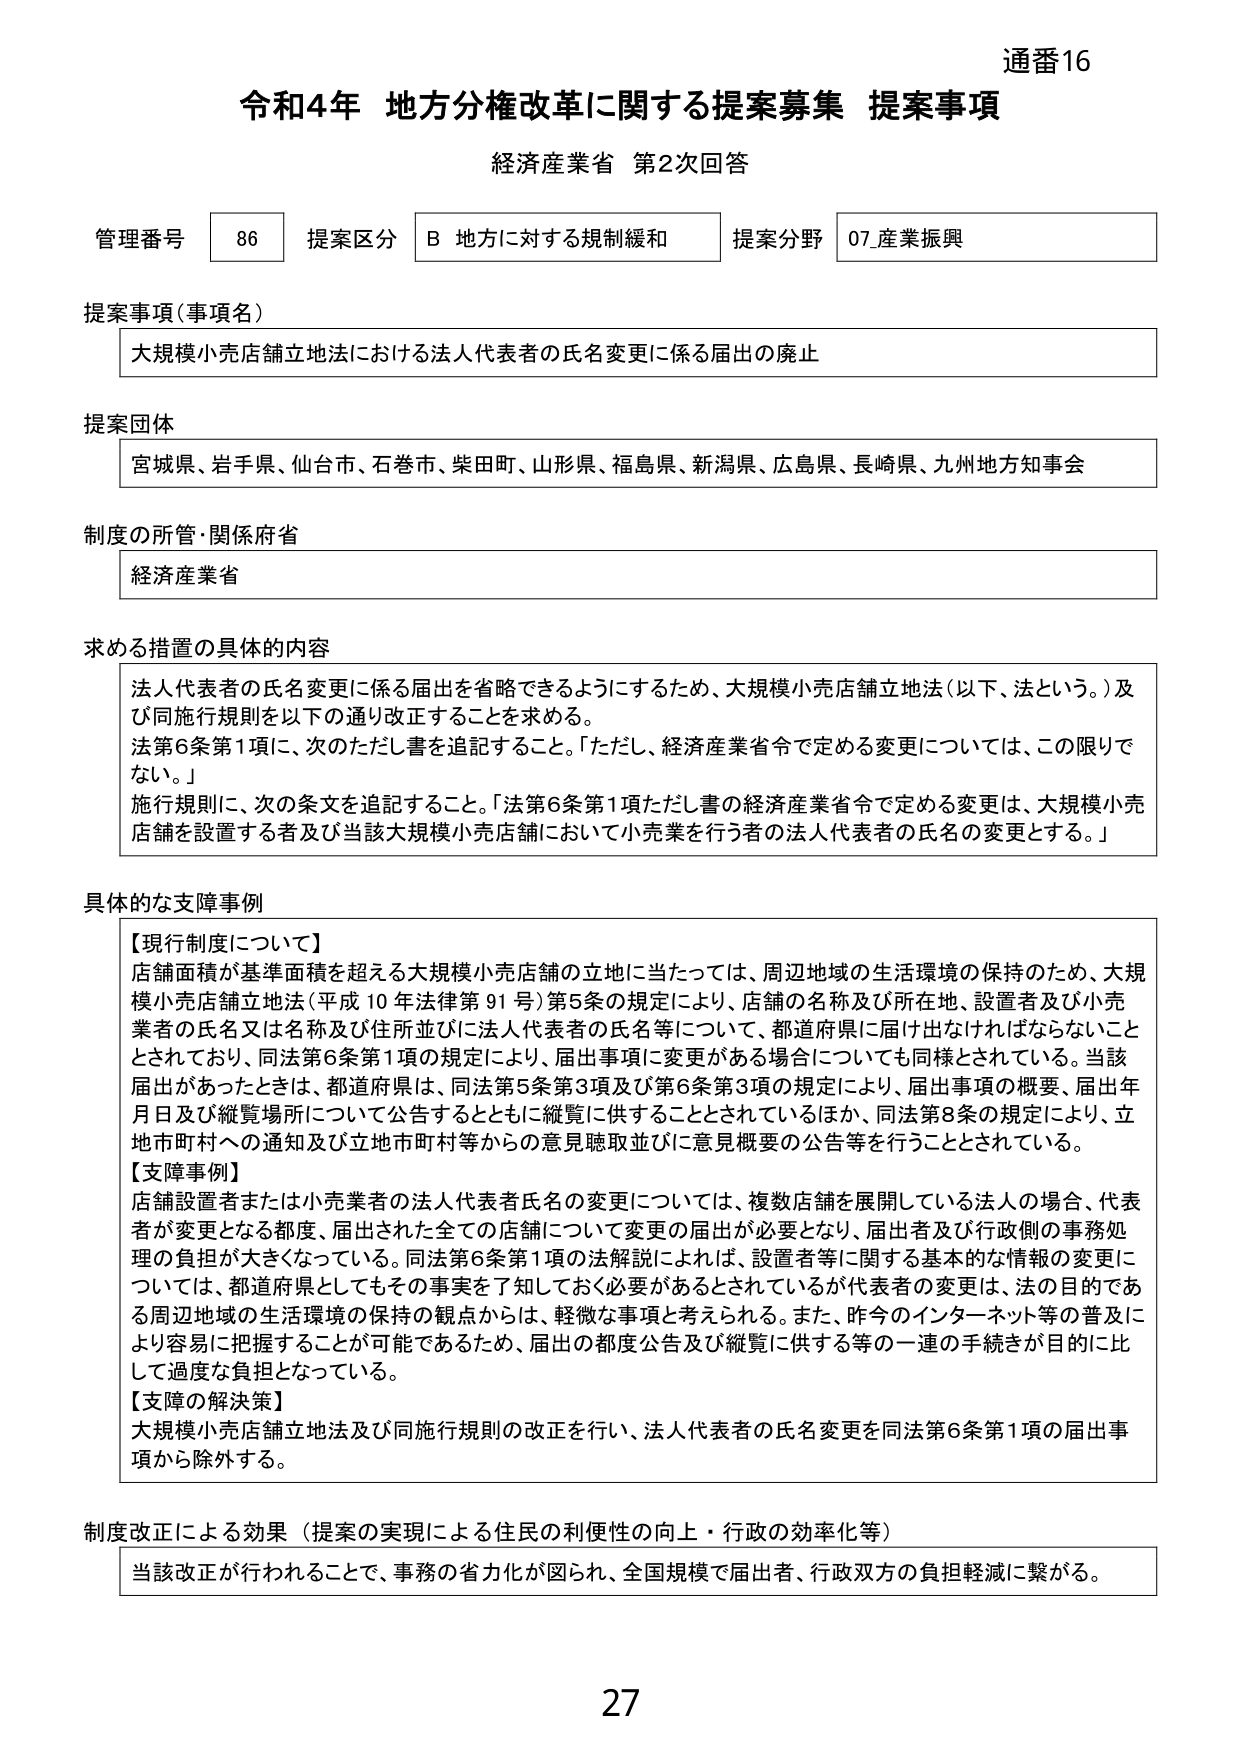
通番16
令和4年 地方分権改革に関する提案募集 提案事項
経済産業省 第2次回答

管理番号 86 提案区分 B 地方に対する規制緩和 提案分野 07_産業振興

提案事項（事項名）
大規模小売店舗立地法における法人代表者の氏名変更に係る届出の廃止

提案団体
宮城県、岩手県、仙台市、石巻市、柴田町、山形県、福島県、新潟県、広島県、長崎県、九州地方知事会

制度の所管・関係府省
経済産業省

求める措置の具体的内容
法人代表者の氏名変更に係る届出を省略できるようにするため、大規模小売店舗立地法（以下、法という。）及び同施行規則を以下の通り改正することを求める。
法第6条第1項に、次のただし書を追記すること。「ただし、経済産業省令で定める変更については、この限りでない。」
施行規則に、次の条文を追記すること。「法第6条第1項ただし書の経済産業省令で定める変更は、大規模小売店舗を設置する者及び当該大規模小売店舗において小売業を行う者の法人代表者の氏名の変更とする。」

具体的な支障事例
【現行制度について】
店舗面積が基準面積を超える大規模小売店舗の立地に当たっては、周辺地域の生活環境の保持のため、大規模小売店舗立地法（平成10年法律第91号）第5条の規定により、店舗の名称及び所在地、設置者及び小売業者の氏名又は名称及び住所並びに法人代表者の氏名等について、都道府県に届け出なければならないこととされており、同法第6条第1項の規定により、届出事項に変更がある場合についても同様とされている。当該届出があったときは、都道府県は、同法第5条第3項及び第6条第3項の規定により、届出事項の概要、届出年月日及び縦覧場所について公告するとともに縦覧に供することとされているほか、同法第8条の規定により、立地市町村への通知及び立地市町村等からの意見聴取並びに意見概要の公告等を行うこととされている。
【支障事例】
店舗設置者または小売業者の法人代表者氏名の変更については、複数店舗を展開している法人の場合、代表者が変更となる都度、届出された全ての店舗について変更の届出が必要となり、届出者及び行政側の事務処理の負担が大きくなっている。同法第6条第1項の法解説によれば、設置者等に関する基本的な情報の変更については、都道府県としてもその事実を了知しておく必要があるとされているが代表者の変更は、法の目的である周辺地域の生活環境の保持の観点からは、軽微な事項と考えられる。また、昨今のインターネット等の普及により容易に把握することが可能であるため、届出の都度公告及び縦覧に供する等の一連の手続きが目的に比して過度な負担となっている。
【支障の解決策】
大規模小売店舗立地法及び同施行規則の改正を行い、法人代表者の氏名変更を同法第6条第1項の届出事項から除外する。

制度改正による効果（提案の実現による住民の利便性の向上・行政の効率化等）
当該改正が行われることで、事務の省力化が図られ、全国規模で届出者、行政双方の負担軽減に繋がる。

27